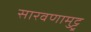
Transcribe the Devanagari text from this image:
सारवणामुट्टू